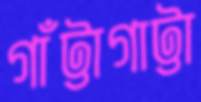
গাঁট্টাগাট্টা